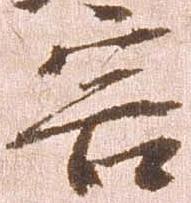
害